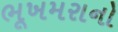
ભૂખમરાનો